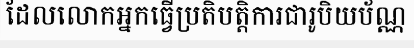
ដែលលោកអ្នកធ្វើប្រតិបត្តិការជារូបិយប័ណ្ណ